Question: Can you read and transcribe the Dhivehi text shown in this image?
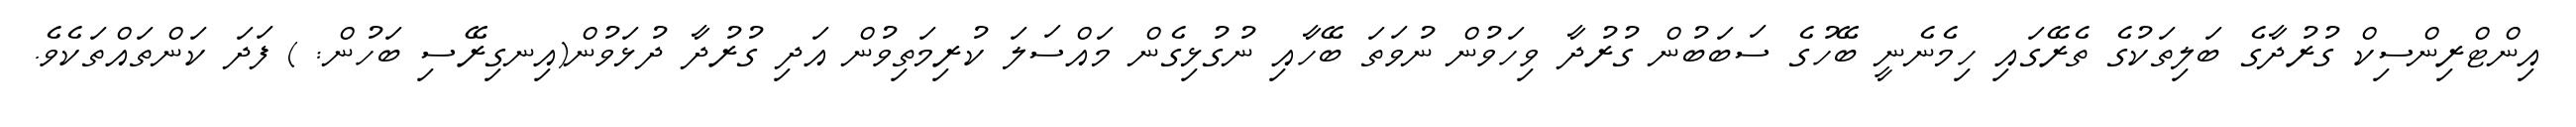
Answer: އިންޓްރިންސިކް ގުރުދާގެ ބަލިތަކުގެ ތެރޭގައި ހިމެނެނީ ބޭހުގެ ސަބަބުން ގުރުދާ ވިހަވުން ނުވަތަ ބޭހާއި ނުގުޅިގެން މައްސަލަ ކުރިމަތިވުން އަދި ގުރުދާ ދުޅަވުން(އިނގިރޭސި ބަހުން: ) ފަދަ ކަންތައްތަކެވެ.